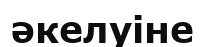
әкелуіне